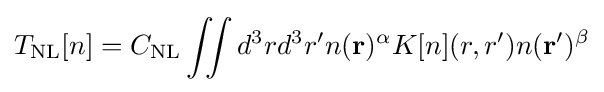
T_{\text{NL}}[n]=C_{\text{NL}}\iint d^{3}rd^{3}r'n(\mathbf {r} )^{\alpha }K[n](r,r')n(\mathbf {r} ')^{\beta }